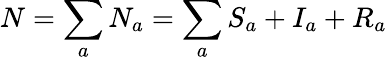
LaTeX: N=\sum_{a}N_{a}=\sum_{a}S_{a}+I_{a}+R_{a}